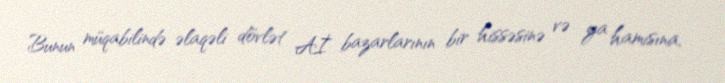
Bunun müqabilində əlaqəli dövlət Aİ bazarlarının bir hissəsinə və ya hamısına,